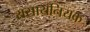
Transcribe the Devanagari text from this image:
रासायनियक